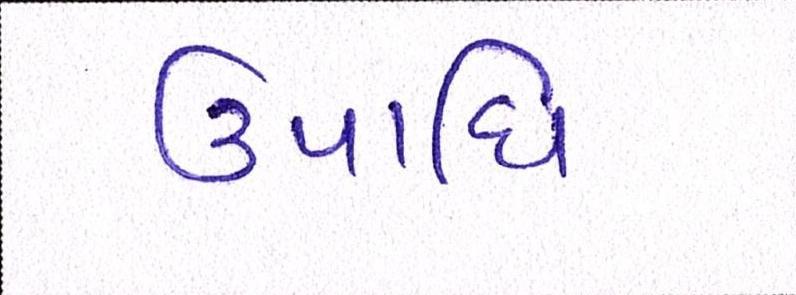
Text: ઉપાધિ